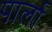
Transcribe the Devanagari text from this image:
पार्ला